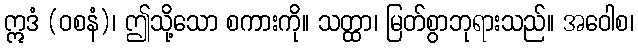
ဣဒံ (ဝစနံ)၊ ဤသို့သော စကားကို။ သတ္ထာ၊ မြတ်စွာဘုရားသည်။ အဝေါစ၊